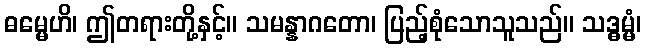
ဓမ္မေဟိ၊ ဤတရားတို့နှင့်။ သမန္နာဂတော၊ ပြည့်စုံသောသူသည်။ သဒ္ဓမ္မံ၊